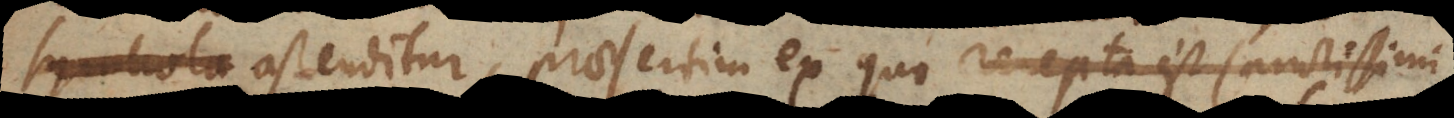
ipsa ostenditur, praesertim ex quo recepta est sanctissimi